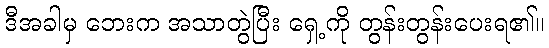
ဒီအခါမှ ဘေးက အသာတွဲပြီး ရှေ့ကို တွန်းတွန်းပေးရ၏။